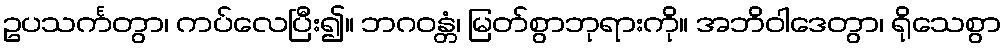
ဥပသင်္ကတွာ၊ ကပ်လေပြီး၍။ ဘဂဝန္တံ၊ မြတ်စွာဘုရားကို။ အဘိဝါဒေတွာ၊ ရိုသေစွာ